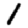
Digit: 1